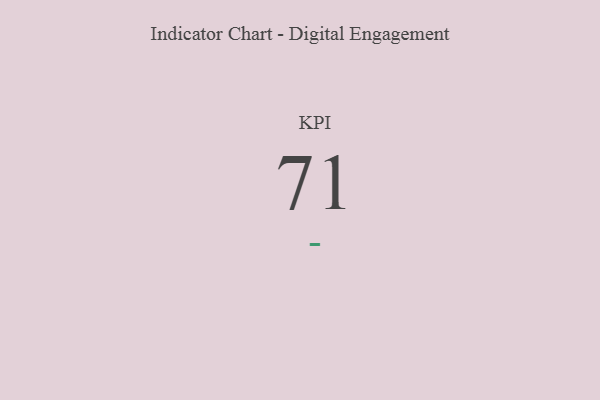
{"axis": {"x": "KPI", "y": "Value"}, "legend": [""], "data": [{"x": "KPI", "y": 71, "type": ""}]}